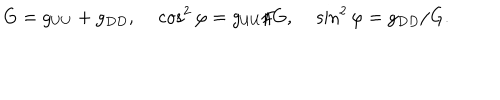
LaTeX: G = g _ { U U } + g _ { D D } , \cos ^ { 2 } \varphi = g _ { U U } / G , \sin ^ { 2 } \varphi = g _ { D D } / G .